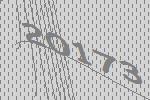
20173